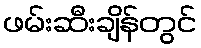
ဖမ်းဆီးချိန်တွင်